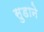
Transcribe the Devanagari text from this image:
सुडाने